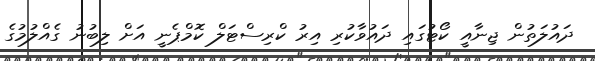
ދައުލަތުން ޖިނާއީ ކޯޓުގައި ދައުވާކުރި އިރު ކްރިސްޓަލް ކޮމްޕެނީ އަށް ލިބުނު ގެއްލުމުގެ